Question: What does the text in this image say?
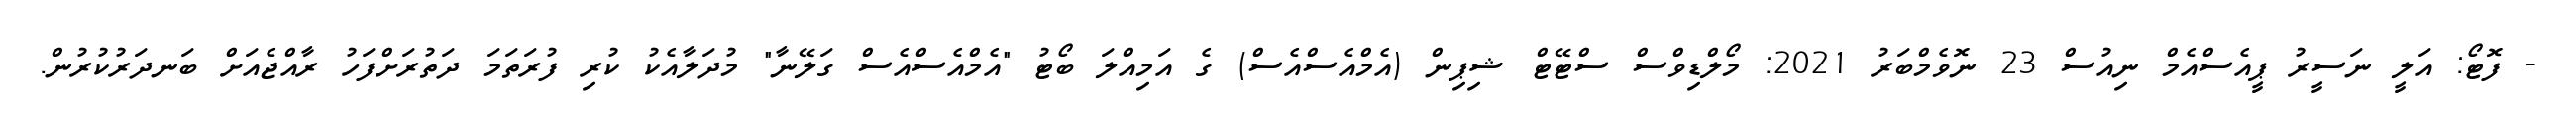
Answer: - ފޮޓޯ: އަލީ ނަސީރު ޕީއެސްއެމް ނިއުސް 23 ނޮވެމްބަރު 2021: މޯލްޑިވްސް ސްޓޭޓް ޝިޕިން (އެމްއެސްއެސް) ގެ އަމިއްލަ ބޯޓު "އެމްއެސްއެސް ގަލޭނާ" މުދަލާއެކު ކުރި ފުރަތަމަ ދަތުރަށްފަހު ރާއްޖެއަށް ބަނދަރުކުރުން.